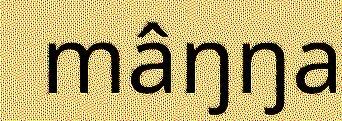
mâŋŋa